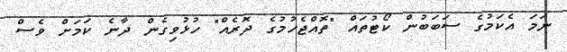
ނަމަ އެކަމުގެ ސަބަބުން ކޯޓުތައް "ތޮއްޖެހުމުގެ ދޮރެއް" ހުޅުވިގެން ދާނެ ކަމަށް ވެސް